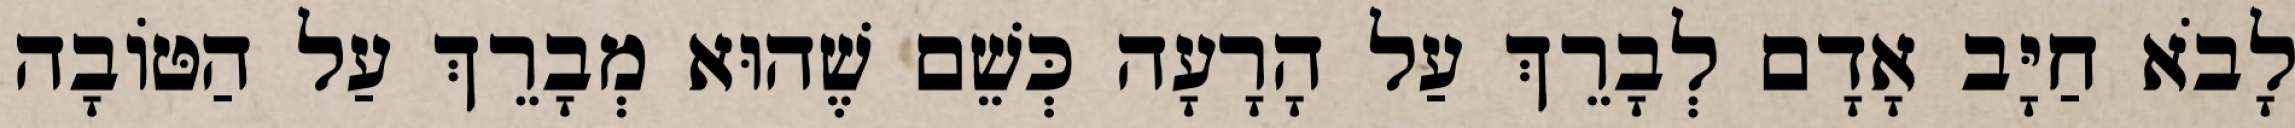
לָבֹא חַיָּב אָדָם לְבָרֵךְ עַל הָרָעָה כְּשֵׁם שֶׁהוּא מְבָרֵךְ עַל הַטּוֹבָה